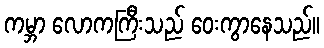
ကမ္ဘာ လောကကြီးသည် ဝေးကွာနေသည်။